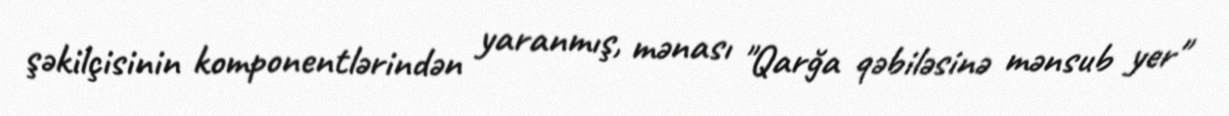
şəkilçisinin komponentlərindən yaranmış, mənası "Qarğa qəbiləsinə mənsub yer"